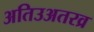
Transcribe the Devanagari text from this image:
अतिउअतरव्र